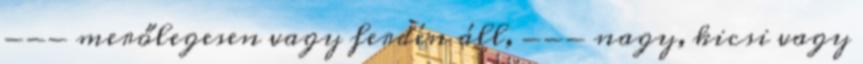
--- merőlegesen vagy ferdén áll, --- nagy, kicsi vagy